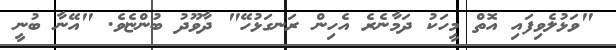
"ވަޅުލެވިފައި އޮތް މީހަކު ދަމާނެރެ އެހިން ރަނގަޅުހޭ" ދާވޫދު ބުންޏެވެ. "އޭނާ ބުނީ